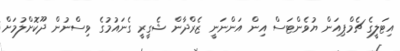
އިޓަލީގެ ޗެމްޕިއަން ޔުވެންޓަސް އިން އަންނަނީ ޒެރްދާން ޝެގީރީ ގެނައުމުގެ ވިސްނުން ދޫކޮށްލުމަށް